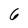
Character: 6